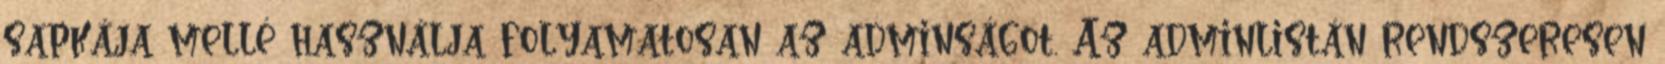
sapkája mellé használja folyamatosan az adminságot. Az adminlistán rendszeresen